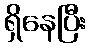
ရှိနေပြီး